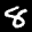
Label: 8